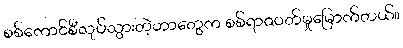
စစ်ကောင်စီလုပ်သွားတဲ့ဟာတွေက စစ်ရာဇဝတ်မှုမြောက်တယ်။